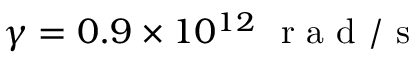
\gamma = 0 . 9 \times 1 0 ^ { 1 2 } ~ \mathrm { ~ r ~ a ~ d ~ / ~ s ~ }